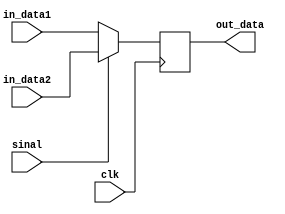
module MUX(clk, sinal, in_data1, in_data2, out_data);

parameter                    data_bits = 31;
input                        clk, sinal;
input    [data_bits:0]       in_data1;
input    [data_bits:0]       in_data2;
output   [data_bits:0]       out_data;
reg      [data_bits:0]       out_data;

always @(posedge clk)
begin
	if (sinal==0)
		out_data = in_data1;
	else
		out_data = in_data2;
end

endmodule